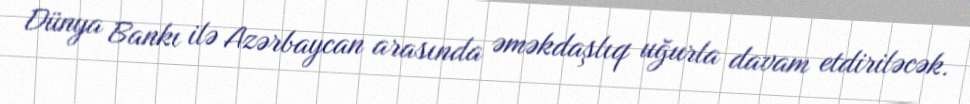
Dünya Bankı ilə Azərbaycan arasında əməkdaşlıq uğurla davam etdiriləcək.